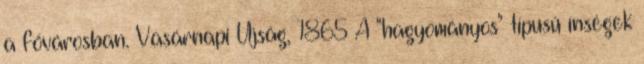
a fővárosban. Vasárnapi Újság, 1865 A "hagyományos" típusú ínségek